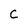
Character: C